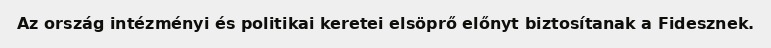
Az ország intézményi és politikai keretei elsöprő előnyt biztosítanak a Fidesznek.